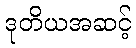
ဒုတိယအဆင့်